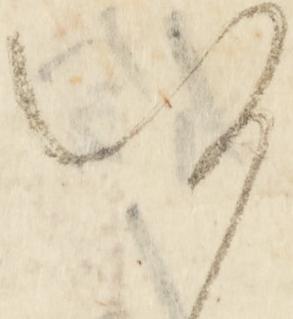
何